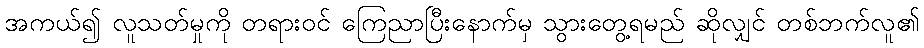
အကယ်၍ လူသတ်မှုကို တရားဝင် ကြေညာပြီးနောက်မှ သွားတွေ့ရမည် ဆိုလျှင် တစ်ဘက်လူ၏